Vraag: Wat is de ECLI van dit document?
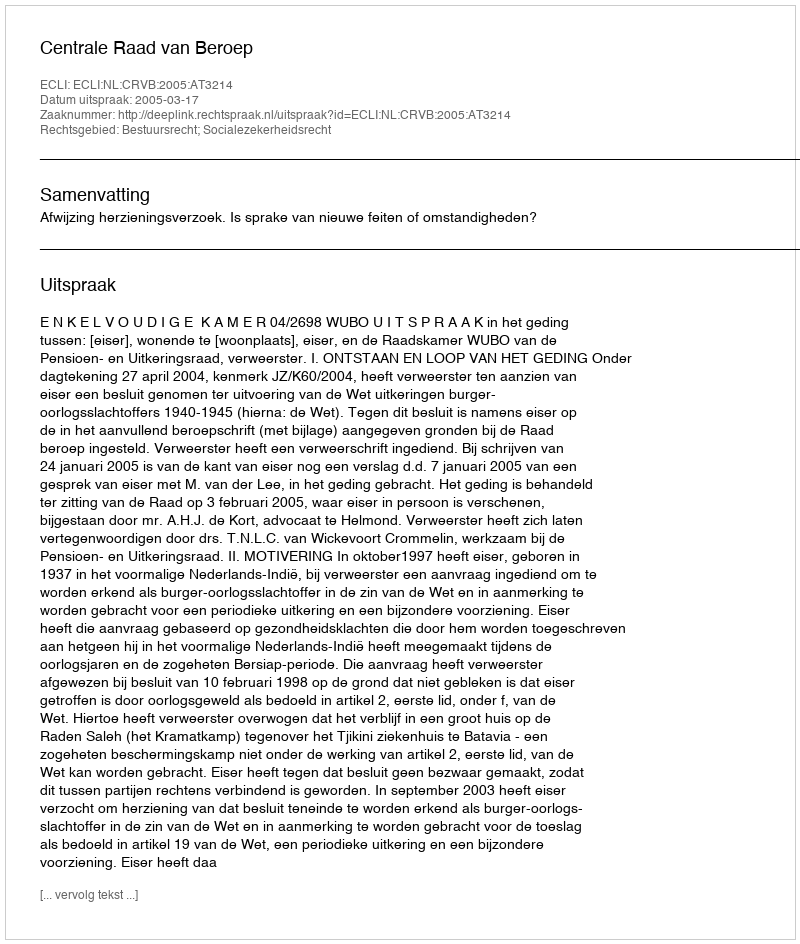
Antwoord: ECLI:NL:CRVB:2005:AT3214